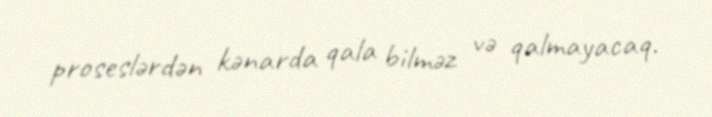
proseslərdən kənarda qala bilməz və qalmayacaq.